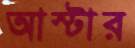
আস্টার